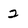
Character: 2